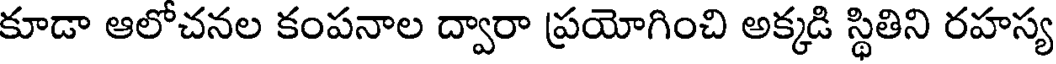
కూడా ఆలోచనల కంపనాల ద్వారా ప్రయోగించి అక్కడి స్థితిని రహస్య